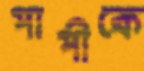
পাপীকে